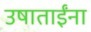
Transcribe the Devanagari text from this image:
उषाताईंना